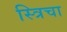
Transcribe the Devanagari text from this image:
स्त्रिचा